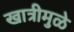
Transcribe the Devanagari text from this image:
खात्रीमुळे